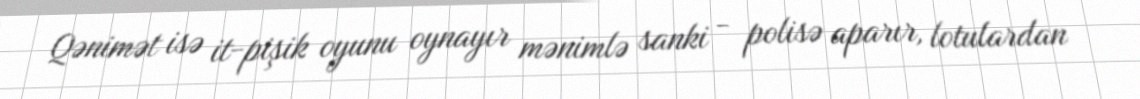
Qənimət isə it-pişik oyunu oynayır mənimlə sanki - polisə aparır, lotulardan